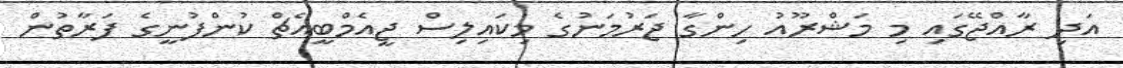
އަދި ރާއްޖޭގައި މި މަޝްރޫއު ހިންގާ ޖަރުމަނުގެ މިކައިލިސް ޖީއެމްބީއެޗް ކުންފުނީގެ ފަރާތުން